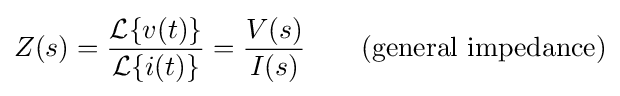
Z(s)={\frac {{\mathcal {L}}\{v(t)\}}{{\mathcal {L}}\{i(t)\}}}={\frac {V(s)}{I(s)}}\qquad {\text{(general impedance)}}